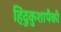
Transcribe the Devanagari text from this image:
हिंदुकुशापैकी